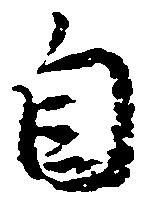
自